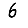
Digit: 6